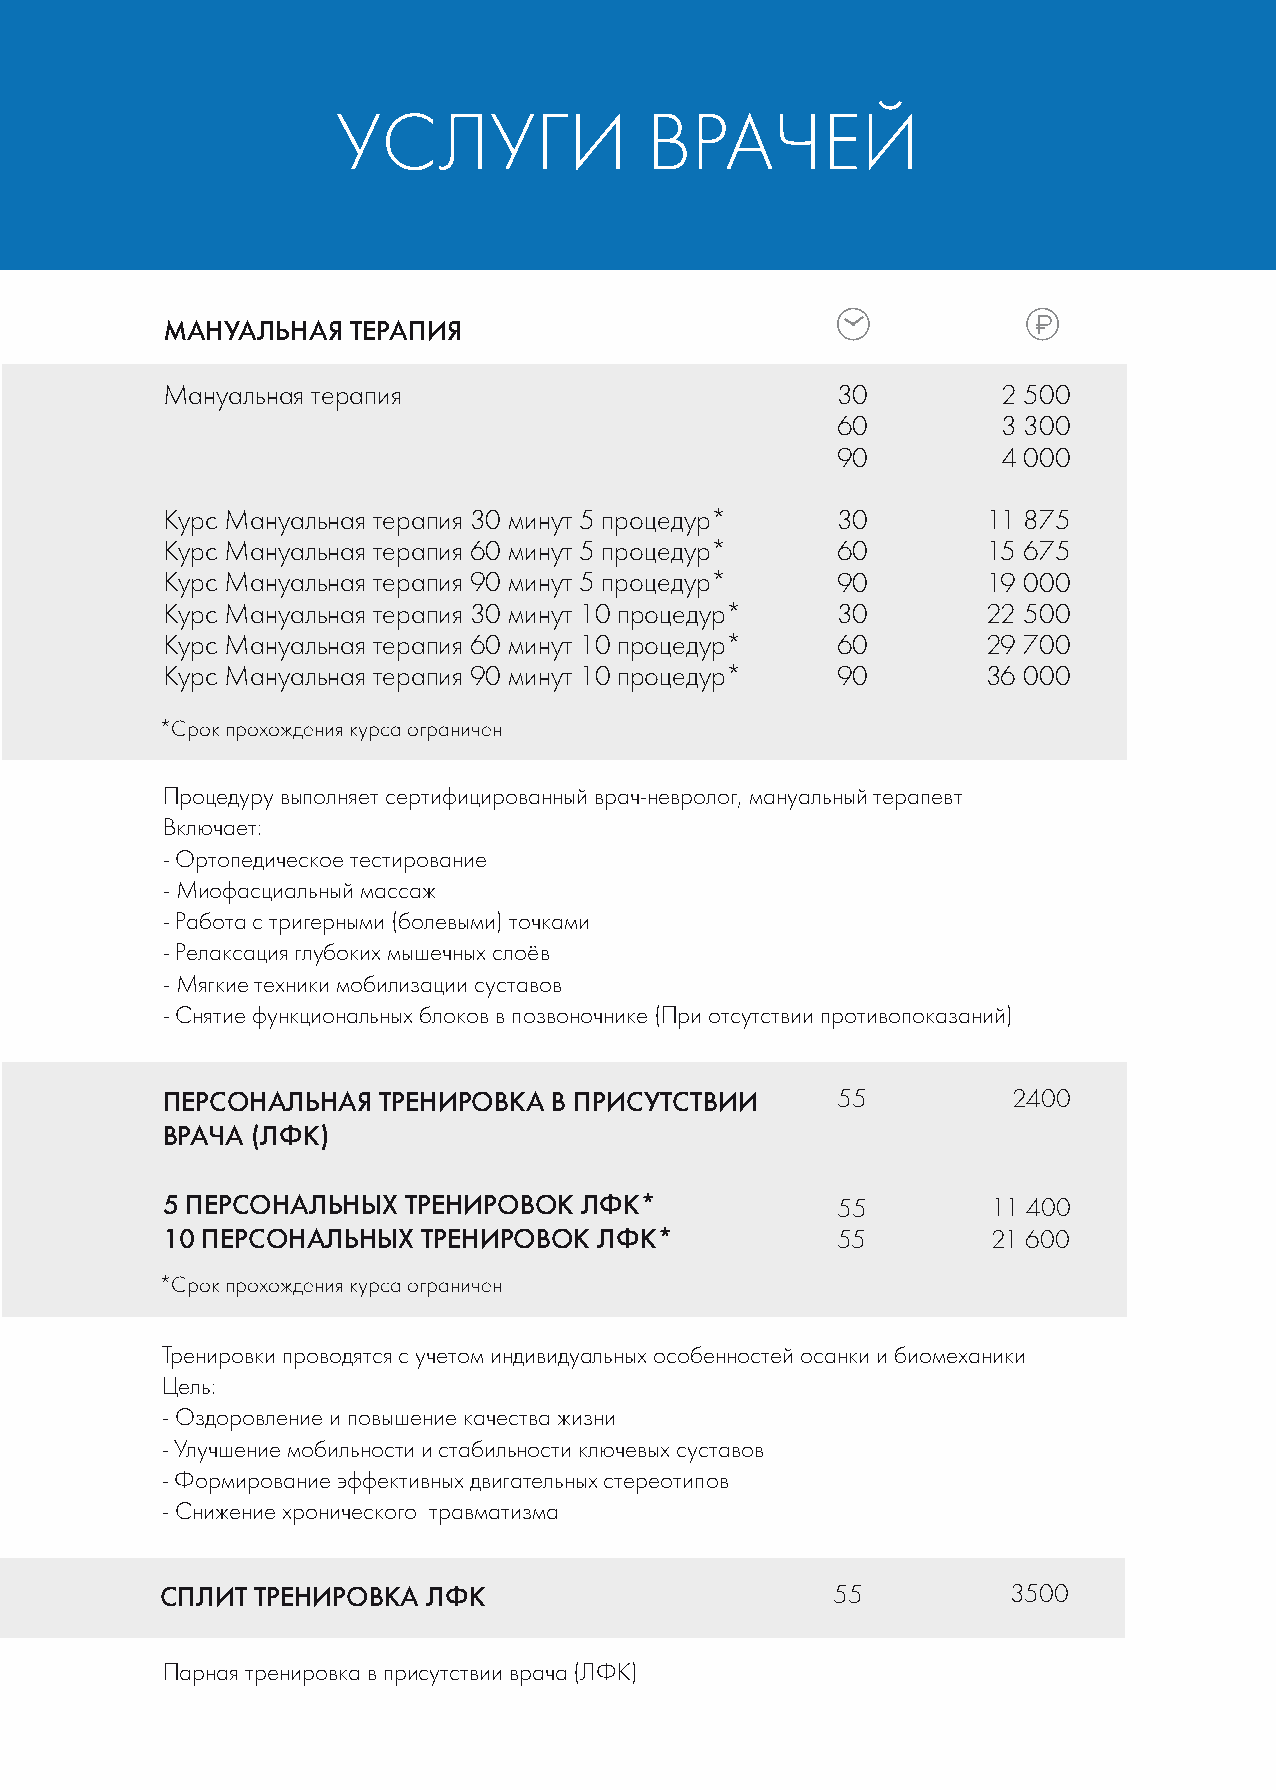
УСЛУГИ               ВРАЧЕЙ
 МАНУАЛЬНАЯ  ТЕРАПИЯ
 Мануальная терапия                          30         2 500
 60         3 300
 90         4 000
 Курс Мануальная терапия 30 минут 5 процедур* 30       11 875
 Курс Мануальная терапия 60 минут 5 процедур* 60       15 675
 Курс Мануальная терапия 90 минут 5 процедур* 90       19 000
 Курс Мануальная терапия 30 минут 10 процедур* 30      22 500
 Курс Мануальная терапия 60 минут 10 процедур* 60      29 700
 Курс Мануальная терапия 90 минут 10 процедур* 90      36 000
 *Срок прохождения курса ограничен
 Процедуру выполняет сертифицированный врач-невролог, мануальный терапевт
 Включает:
 - Ортопедическое тестирование
 - Миофасциальный массаж
 - Работа с тригерными (болевыми) точками
 - Релаксация глубоких мышечных слоёв
 - Мягкие техники мобилизации суставов
 - Снятие функциональных блоков в позвоночнике (При отсутствии противопоказаний)
 ПЕРСОНАЛЬНАЯ  ТРЕНИРОВКА  В ПРИСУТСТВИИ     55          2400
 ВРАЧА (ЛФК)
 5 ПЕРСОНАЛЬНЫХ  ТРЕНИРОВОК ЛФК*             55         11 400
 10 ПЕРСОНАЛЬНЫХ  ТРЕНИРОВОК  ЛФК*           55         21 600
 *Срок прохождения курса ограничен
 Тренировки проводятся с учетом индивидуальных особенностей осанки и биомеханики
 Цель:
 - Оздоровление и повышение качества жизни
 - Улучшение мобильности и стабильности ключевых суставов
 - Формирование эффективных двигательных стереотипов
 - Снижение хронического травматизма
 СПЛИТ ТРЕНИРОВКА ЛФК                        55          3500
 Парная тренировка в присутствии врача (ЛФК)